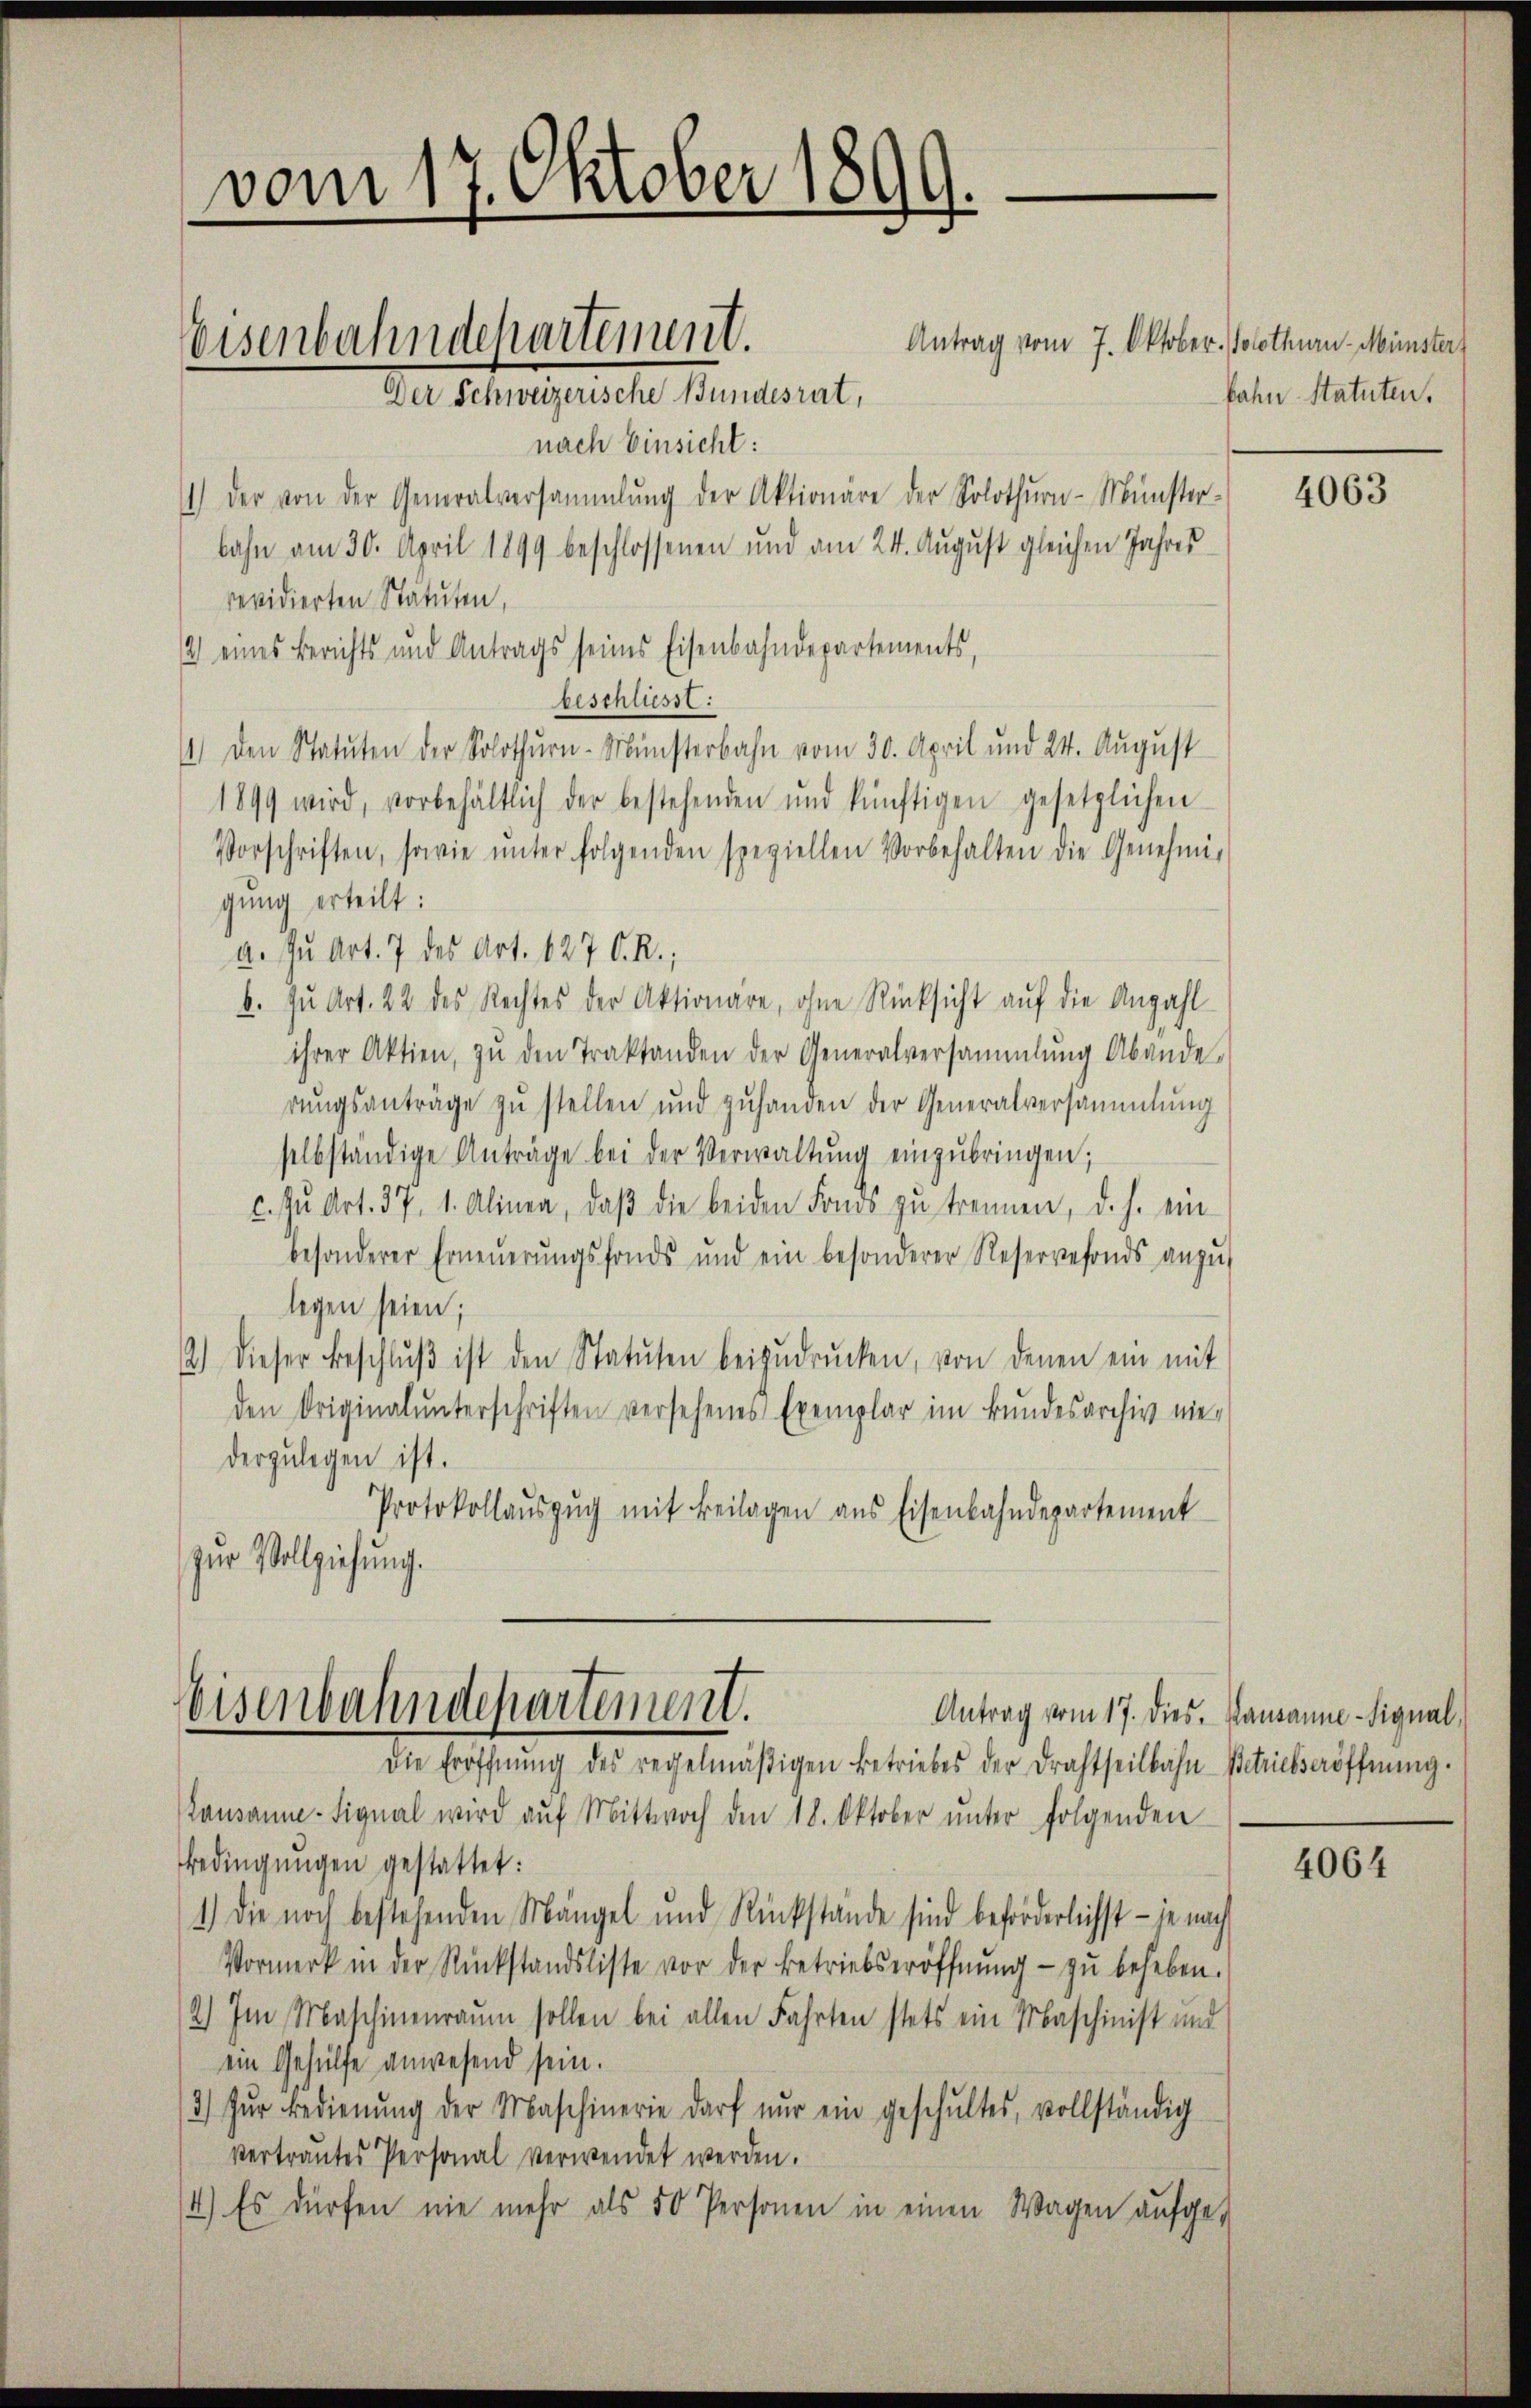
vom 17. Oktober 1899.

eisenbahndepartement.
Der Schweizerische Bundesrat,

Eisenbahndepartement.

Antrag vom 7. Oktober. Solothurn Münster
nach Einsicht:
) Der von der Generalversammlung der Aktionäre der Solothŭrn-Münster-
bahn am 30. April 1899 beschlossenen und am 24. August gleichen Jahres
revidierten Statuten,
2) eines Berichts und Antrags seines Eisenbahndepartements,
beschliesst:
1) den Statuten der Solothurn-Münsterbahn vom 30. April und 24. August
1899 wird, vorbehältlich der bestehenden und künftigen gesetzlichen
Vorschriften, sowie ŭnter folgenden speziellen Vorbehalten die Genehmi-
gung erteilt:
a. Zu Art. 7 des Art. 627 C. R.,
b. zu Art. 22 des Rechtes der Aktionare, ohne Rücksicht auf die Anzahl
ihrer Aktien, zŭ den Traktanden der Generalversammlung Abende
rungsanträge zu stellen und zuhanden der Generalversammlung
selbständige Anträge bei der Verwaltŭng einzŭbringen;
c. zu Art. 37, 1. Alinea, daβ die beiden Fonds zu trennen, d. h. ein
besonderer Erneŭerŭngsfonds und ein besonderer Reservefonds anzŭ-
legen seien;
2.) Dieser Beschlŭβ ist den Statuten beizŭdrŭcken, von denen ein mit
den Originalunterschriften versehenes Exemplar im Bundesarchiv niederzulegen ist.
Protokollaŭszŭg mit Beilagen aus Eisenbahndepartement
zŭr Vollziehung.

die Eröffnŭng des regelmäβigen Betriebes der Drahtheilbahn-Betriebseröffnŭng.
Lausanne-Signal wird aŭf Mittwoch den 18. Oktober ŭnter folgenden
Bedingungen gestattet:
1.) Die noch bestehenden Mängel und Rückstände sind beförderlichst – je nach
Vormerk in der Rückstandsliste vor der Betriebseröffnŭng zŭ beheben.
2.) Im Maschinenraum sollen bei allen Fahrten stets ein Maschinist und
ein Gehülfe anwesend sein.
3) zŭr Bedienŭng der Maschinerie darf nŭr ein geschŭltes, vollständig
vertrautes Personal verwendet werden.
4.) Es dürfen nie mehr als 50 Personen in einen Wagen aufge-

bahn-Statuten.

4063

Antrag vom 17. Dies. Kausanne - Signal,

4064